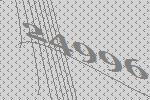
24996